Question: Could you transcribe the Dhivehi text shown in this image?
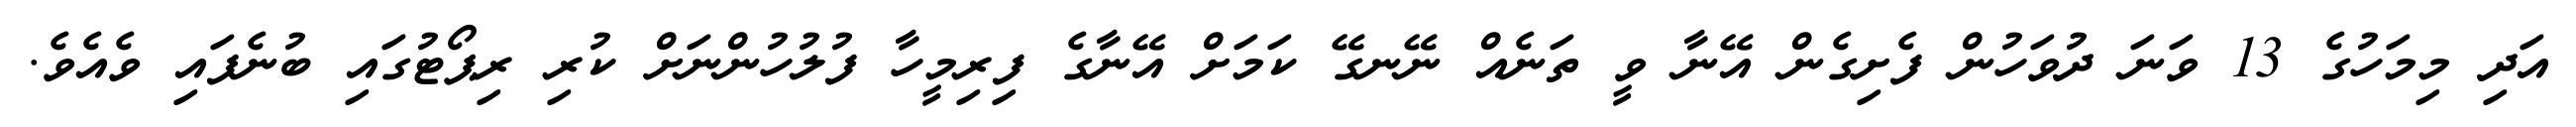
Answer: އަދި މިމަހުގެ 13 ވަނަ ދުވަހުން ފެށިގެން އޭނާ ވީ ތަނެއް ނޭނގޭ ކަމަށް އޭނާގެ ފިރިމީހާ ފުލުހުންނަށް ކުރި ރިޕޯޓުގައި ބުނެފައި ވެއެވެ.